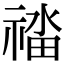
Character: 䄕